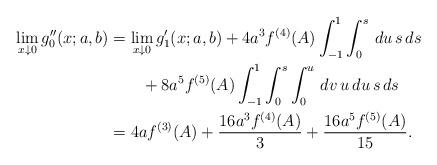
LaTeX: \begin{align*}\lim_{x\downarrow0}g''_0(x;a,b)&=\lim_{x\downarrow0}g_1'(x;a,b)+4a^3f^{(4)}(A)\int_{-1}^1\int_0^s\,du\,s\,ds\\&\qquad+8a^5f^{(5)}(A)\int_{-1}^1\int_0^s\int_0^u\,dv\,u\,du\,s\,ds\\&=4af^{(3)}(A)+\frac{16a^3f^{(4)}(A)}{3}+\frac{16a^5f^{(5)}(A)}{15}.\end{align*}